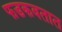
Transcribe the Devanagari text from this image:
फडकवतात